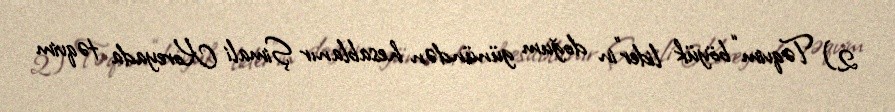
2) Təqvim “böyük lider”in doğum günündən hesablanır Şimali Koreyada təqvim